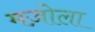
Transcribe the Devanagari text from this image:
मज़ोला